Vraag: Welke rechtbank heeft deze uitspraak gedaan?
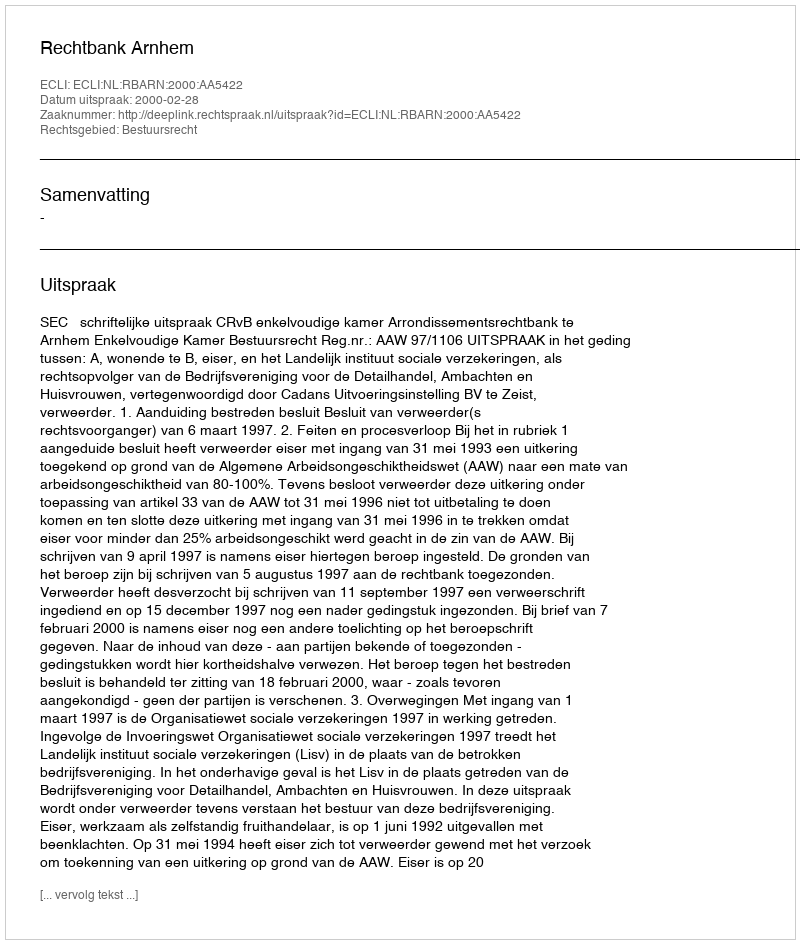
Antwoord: Rechtbank Arnhem